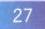
27